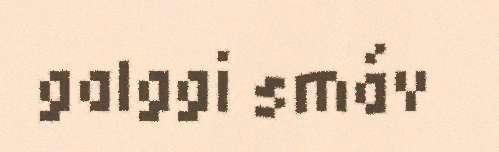
galggi smáv